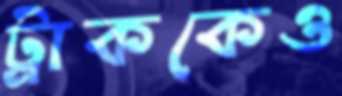
ট্রাককেও